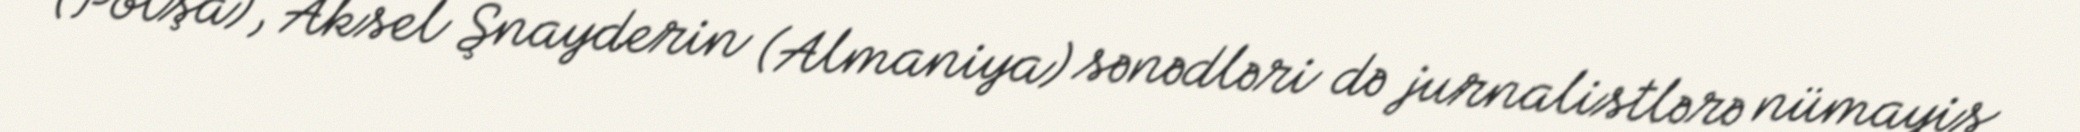
(Polşa), Aksel Şnayderin (Almaniya) sənədləri də jurnalistlərə nümayiş